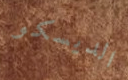
الديسكو